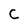
Character: C